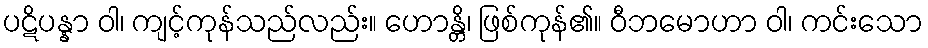
ပဋိပန္နာ ဝါ၊ ကျင့်ကုန်သည်လည်း။ ဟောန္တိ၊ ဖြစ်ကုန်၏။ ဝီဘမောဟာ ဝါ၊ ကင်းသော